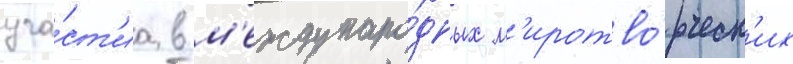
уча́ст'иа в м'еждунаро́дных м'иротво́рческ'их